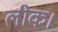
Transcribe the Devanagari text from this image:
लीक।